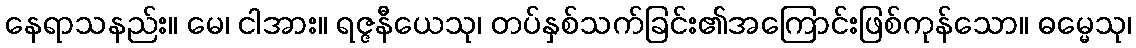
နေရာသနည်း။ မေ၊ ငါအား။ ရဇ္ဇနီယေသု၊ တပ်နှစ်သက်ခြင်း၏အကြောင်းဖြစ်ကုန်သော။ ဓမ္မေသု၊